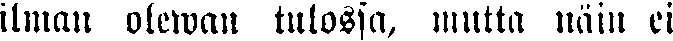
ilman olewan tulossa, mutta näin ei